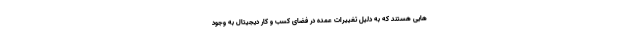
هایی هستند که به دلیل تغییرات عمده در فضای کسب و کار دیجیتال به وجود